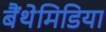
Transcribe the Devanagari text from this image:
बैंथेमिडिया